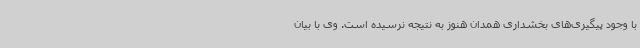
با وجود پیگیری‌های بخشداری همدان هنوز به نتیجه نرسیده است. وی با بیان